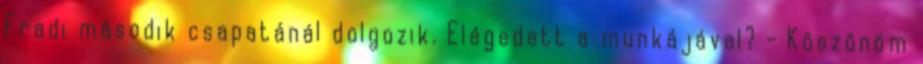
Fradi második csapatánál dolgozik. Elégedett a munkájával? - Köszönöm